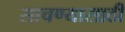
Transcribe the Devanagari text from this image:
साचण्यासाठी